Report of the King Institute of Preventive Medicine, Guindy
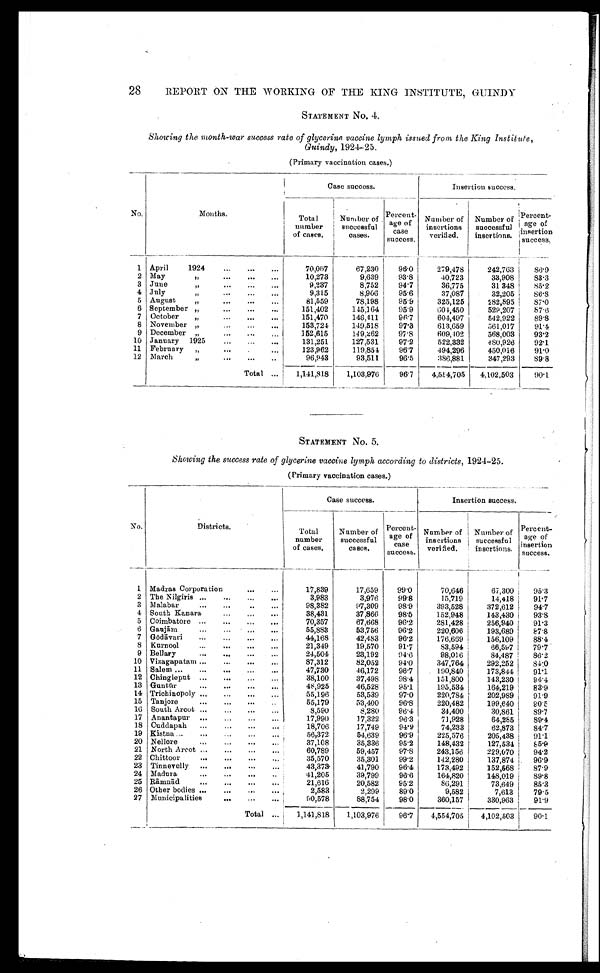
28
REPORT ON THE WORKING OF THE KING INSTITUTE, GUINDY
STATEMENT No. 4.
Showing the month-war success rate of glycerine vaccine lymph issued from the King Institute,
Guindy, 1924-25.
(Primary vaccination cases.)
Case success.
I nser t i on success.
No.
Months.
Total
number
of cases.
Number of
successful
cases.
P e r c e n t .
a g e o f
case
success.
Number of
insertions
verified.
Number of Percent-
successful
insertions.
P e r c e n t -
age of i n s e r t i o n
success.
1 April
1924 . . .
70,067
67,230
96.0
279,478
242,763 86.9
2 May ” . . .
10,273
9,639
93.8
40,723
33,908
83.3
3 June ” . . .
9,237
8,752
94.7
36,775
31 348 85.2
4 July " . . .
9,315
8,906
95.6
37,087
32,205 86.8
5 I August
" . . .
81,559
78,198
95.9
325,125
282,895
87.0
6 September " . . .
151,402
145,164 95.9
604,450
529,207
87.6
7 October " . . .
151,470
146,411
96.7
604,497
542,922
89.8
8 November " . . .
153,724
149,518
97.3
613,659
561,017
91.4
9 December " . . .
152,615
149,262
97.8
609,102
568,003
93.2
10 January 1925 . . .
131,251
127,531
97.2
522,332
4 8 0 , 9 2 6 92.1
11 February " . . .
123,962
119,851
96.7
494,296
450,016
91.0
12 March " . . .
9 6 , 9 4 3
93,511
96.5
386,881
347,293 89.8
Total . . . 1,141,818 1,103,976
96.7 4,554,705 4,102,503
90.1
STATEMENT No. 5.
Showing the success rate of glycerine vaccine lymph according to districts, 1924-25.
(Primary vaccination cases.)
Case success.
Insertion success.
No.
D i s t r i c t s .
Total
number
of cases.
Number of
successful
cases.
P e r c e n t - a g e o f c a s e
s u c c e s s .
Number of
insertions
verified.
Number of
successful
insertions.
Percent-
age of
insertion
success.
1 Madras Corporation . . .
17,839
17,659
99.0
70,646
67,300
95.3
2 The Nilgiris . . .
3,983
3,976
99.8
15,719
14,418
91.7
3 Malabar . . .
98,382
97,309
98.9
393,528
372,612
94.7
4 South Kanara . . .
38,431
37,866
98.5
152,948
143,430
93.8
5 Coimbatore . . .
70,357
67,668
96.2
281,428
256,940
91.3
6 Ganjām . . .
55,883
53,756
96.2
220,606
193,689
87.8
7 Gōdāvari . . .
44,168
42,483
96.2
176,669
156,109
88.4
8 Kurnool . . .
21,349
19,570
91.7
83,594
66,597
79.7
9 Bellary . . .
24,504
23,192
94.6
98,016
84,487
86.2
10 Vizagapatam . . .
87,312
82,052
94.0
347,764
292.252
84.0
11 Salem . . .
47,730
46,172
96.7
190,840
173,844
91.1
12 Chingleput . . .
38,100
37,498
98.4
151,800
143,230 94.4
13 Guntūr . . .
48,925
46,528
95.1
195,534
164,219
83.9
14 Trichinopoly . . .
55,196
53,539
97.0
220,784
202,989
91.9
15 Tanjore . . .
55,179
53,400
96.8
220,482
199,640
90.5
10 South Arcot . . .
8,590
8,280
96.4
34,400
30,861
89.7
17 Anantapur . . .
17,990
17,322
96.3
71,928
64,285 89.4
18 Cuddapah . . .
18,706
17,749
94.9
74,233
62,873
84.7
19 Kistna . . .
56,372
54,639
96.9
225,576
205,438
91.1
20 Nellore . . .
37,108
35,336
95.2
148,432
127,534 85.9
21 North Arcot . . .
60,789
59,457
97.8
243,156
229,070
94.2
22 Chittoor . . .
35,570
35,301
99.2
142,280
137,874. 96.9
23 Tinnevelly . . .
43,373
41,790
96.4
173,492
152,568
87.9
24 Madura . . .
41,205
39,799
96.6
164,820 148,019
89.8
25 Rāmnād . . .
21,616
20,582
95.2
86,291
73,649 85.3
26 Other bodies . . .
2,583
2,299
89.0
9,582
7,613
79.5
27 Municipalities . . .
90,578
88,754
98.0
360,157
330,963 91.9
T o t a l . . .
1,141,818 1,103,976
96.7 4,554,705 4,102,503
90.1